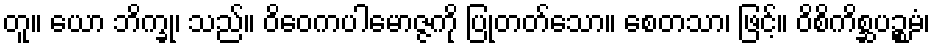
တူ။ ယော ဘိက္ခု၊ သည်။ ဝိဝေကပါမောဇ္ဇကို ပြုတတ်သော။ စေတသာ၊ ဖြင့်။ ဝိစိကိစ္ဆပဉ္စမံ၊